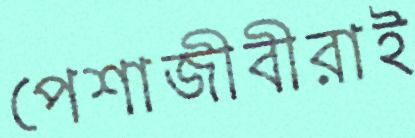
পেশাজীবীরাই